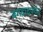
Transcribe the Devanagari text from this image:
बगदादपर्यंत